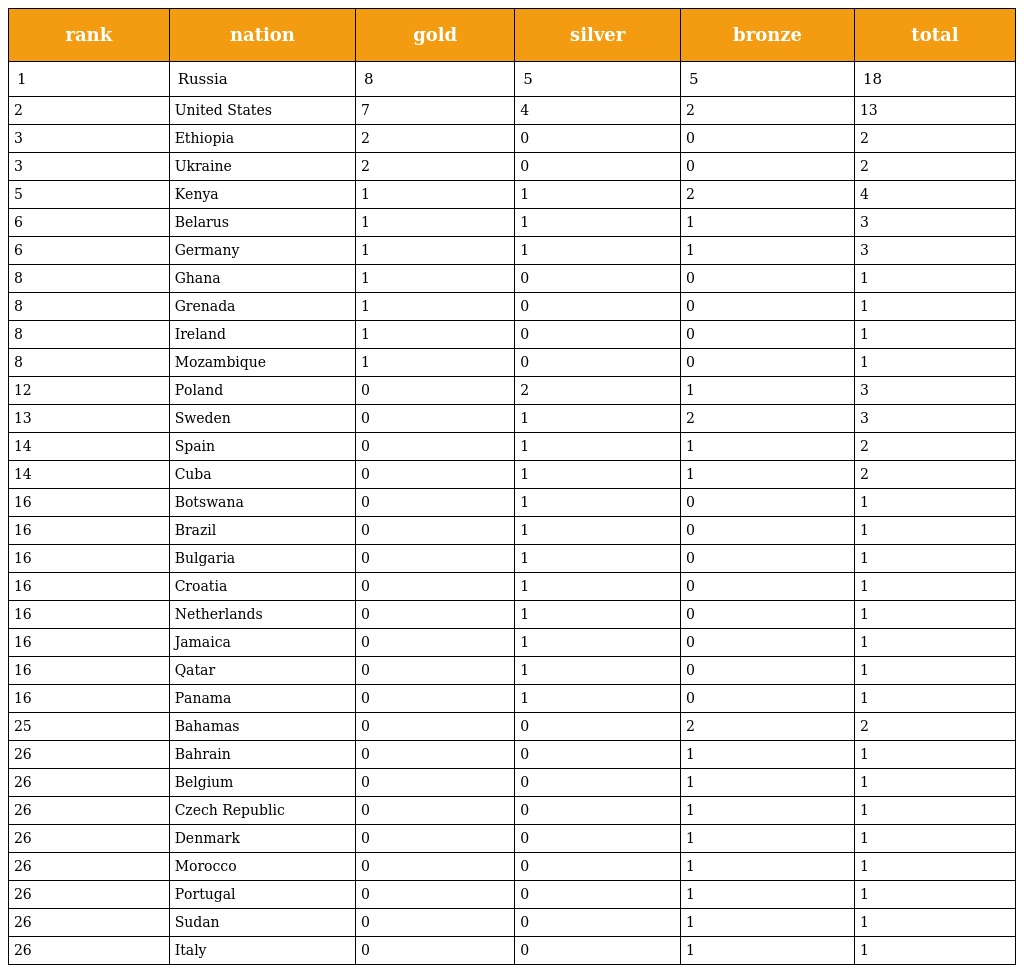
| rank | nation | gold | silver | bronze | total |
 | --- | --- | --- | --- | --- | --- |
 | 1 | Russia | 8 | 5 | 5 | 18 |
 | 2 | United States | 7 | 4 | 2 | 13 |
 | 3 | Ethiopia | 2 | 0 | 0 | 2 |
 | 3 | Ukraine | 2 | 0 | 0 | 2 |
 | 5 | Kenya | 1 | 1 | 2 | 4 |
 | 6 | Belarus | 1 | 1 | 1 | 3 |
 | 6 | Germany | 1 | 1 | 1 | 3 |
 | 8 | Ghana | 1 | 0 | 0 | 1 |
 | 8 | Grenada | 1 | 0 | 0 | 1 |
 | 8 | Ireland | 1 | 0 | 0 | 1 |
 | 8 | Mozambique | 1 | 0 | 0 | 1 |
 | 12 | Poland | 0 | 2 | 1 | 3 |
 | 13 | Sweden | 0 | 1 | 2 | 3 |
 | 14 | Spain | 0 | 1 | 1 | 2 |
 | 14 | Cuba | 0 | 1 | 1 | 2 |
 | 16 | Botswana | 0 | 1 | 0 | 1 |
 | 16 | Brazil | 0 | 1 | 0 | 1 |
 | 16 | Bulgaria | 0 | 1 | 0 | 1 |
 | 16 | Croatia | 0 | 1 | 0 | 1 |
 | 16 | Netherlands | 0 | 1 | 0 | 1 |
 | 16 | Jamaica | 0 | 1 | 0 | 1 |
 | 16 | Qatar | 0 | 1 | 0 | 1 |
 | 16 | Panama | 0 | 1 | 0 | 1 |
 | 25 | Bahamas | 0 | 0 | 2 | 2 |
 | 26 | Bahrain | 0 | 0 | 1 | 1 |
 | 26 | Belgium | 0 | 0 | 1 | 1 |
 | 26 | Czech Republic | 0 | 0 | 1 | 1 |
 | 26 | Denmark | 0 | 0 | 1 | 1 |
 | 26 | Morocco | 0 | 0 | 1 | 1 |
 | 26 | Portugal | 0 | 0 | 1 | 1 |
 | 26 | Sudan | 0 | 0 | 1 | 1 |
 | 26 | Italy | 0 | 0 | 1 | 1 |